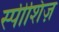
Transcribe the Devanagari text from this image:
स्पीशिज़